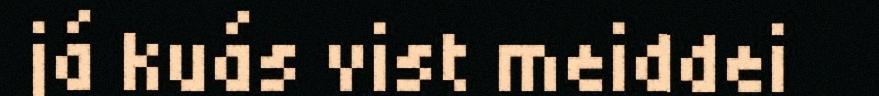
já kuás vist meiddei